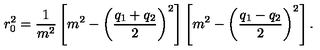
r _ { 0 } ^ { 2 } = \frac { 1 } { m ^ { 2 } } \left[ m ^ { 2 } - \left( \frac { q _ { 1 } + q _ { 2 } } { 2 } \right) ^ { 2 } \right] \left[ m ^ { 2 } - \left( \frac { q _ { 1 } - q _ { 2 } } { 2 } \right) ^ { 2 } \right] .